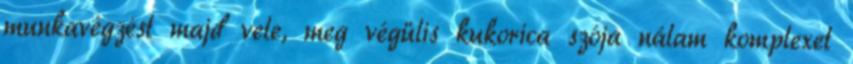
munkavégzést majd vele, meg végülis kukorica szója nálam komplexet